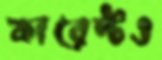
কারেন্টও